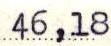
46,18